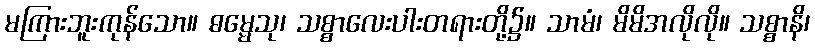
မကြားဘူးကုန်သော။ ဓမ္မေသု၊ သစ္စာလေးပါးတရားတို့၌။ သာမံ၊ မိမိအလိုလို။ သစ္စာနိ၊